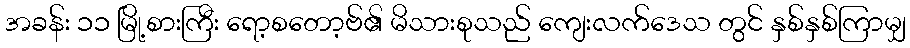
အခန်း ၁၁ မြို့စားကြီး ရော့စတော့ဗ်၏ မိသားစုသည် ကျေးလက်ဒေသ တွင် နှစ်နှစ်ကြာမျှ